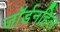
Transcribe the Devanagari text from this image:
जॉर्डनहिल